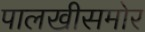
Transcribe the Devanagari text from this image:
पालखीसमोर